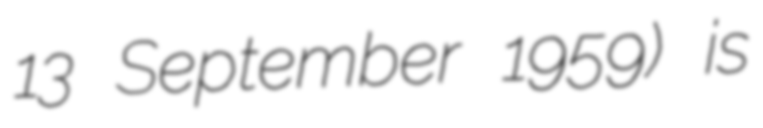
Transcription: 13 September 1959) is